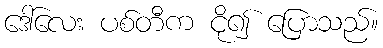
ဒေါ်လေး ပစ်တီက ငို၍ ပြောသည်။